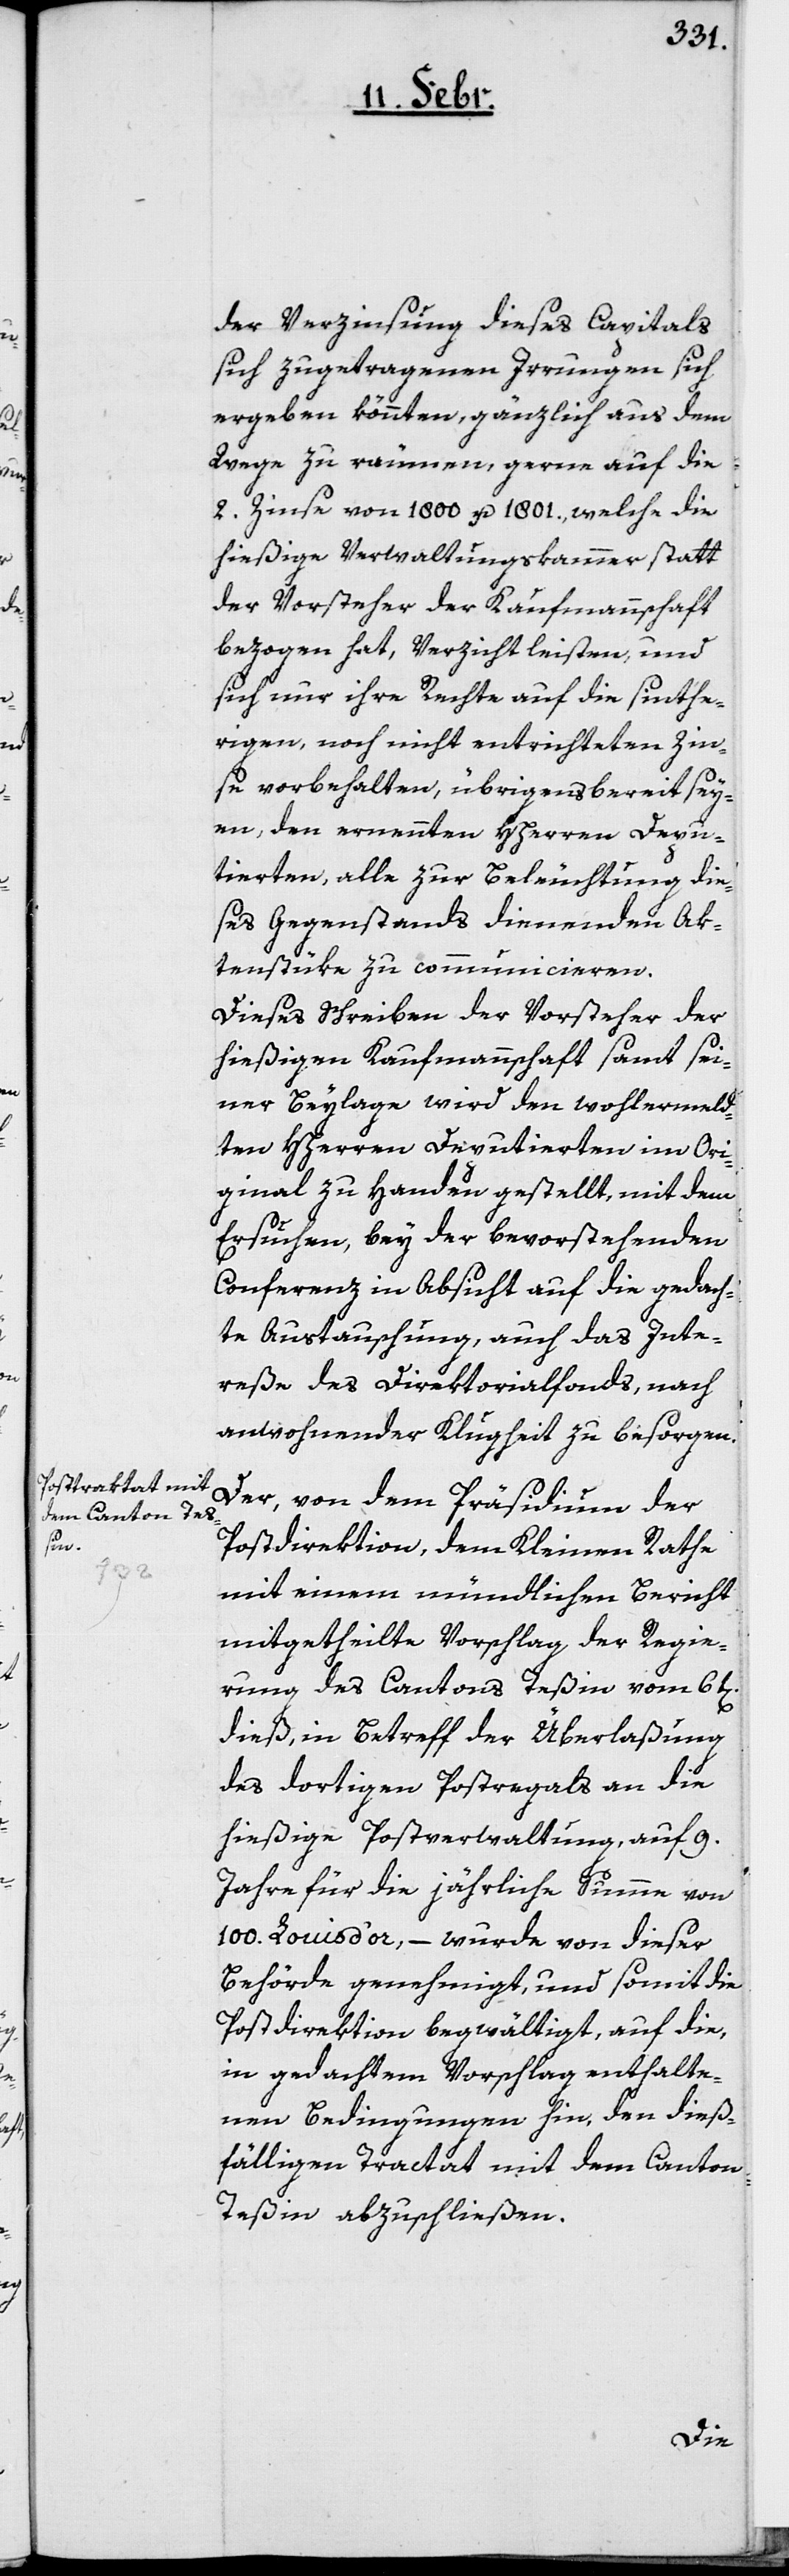
der Verzinsung dieses Capitals
sich zugetragenen Irrungen sich
ergeben könnten, gänzlich aus dem
Wege zu räumen, gerne auf die
2. Zinse von 1800 u. 1801., welche die
hießige Verwaltungskammer statt
der Vorsteher der Kaufmannschaft
bezogen hat, Verzicht leisten, und
sich nur ihre Rechte auf die seithe¬
rigen, noch nicht entrichteten Zin¬
se vorbehalten, übrigens bereit sey¬
en, den ernennten HHerren Depu¬
tierten, alle zur Beleuchtung die¬
ses Gegenstands dienenden Ak¬
tenstüke zu communicieren.
Dieses Schreiben der Vorsteher der
hießigen Kaufmannschaft samt sei¬
ner Beylage wird den wohlermeld¬
ten HHerren Deputierten im Ori¬
ginal zu Handen gestellt, mit dem
Ersuchen, bey der bevorstehenden
Conferenz in Absicht auf die gedach¬
te Austauschung, auch das Inte¬
reße des Direktorialfonds, nach
anwohnender Klugheit zu besorgen.
Der, von dem Präsidium der
Postdirektion, dem Kleinen Rathe
mit einem mündlichen Bericht
mitgetheilte Vorschlag der Regie¬
rung des Cantons Teßin vom 6t[en].
dieß, in Betreff der Überlaßung
des dortigen Postregals an die
hießige Postverwaltung, auf 9.
Jahre für die jährliche Summe von
100. Louisd’or, – wurde von dieser
Behörde genehmigt, und somit die
Postdirektion begwältigt, auf die,
in gedachtem Vorschlag enthalte¬
nen Bedingungen hin, den dieß¬
fälligen Tractat mit dem Canton
Teßin abzuschließen.